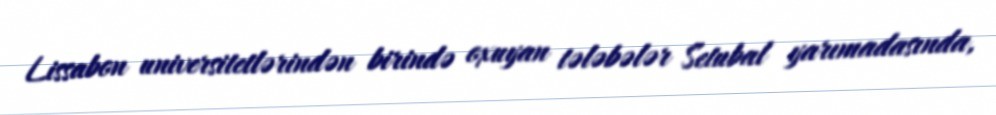
Lissabon universitetlərindən birində oxuyan tələbələr Setubal yarımadasında,